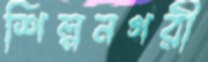
শিল্পনগরী